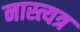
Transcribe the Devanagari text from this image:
नास्त्यत्र